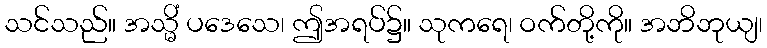
သင်သည်။ အသ္မိံ ပဒေသေ၊ ဤအရပ်၌။ သုကရေ၊ ဝက်တို့ကို။ အဘိဘုယျ၊